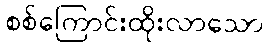
စစ်ကြောင်းထိုးလာသော